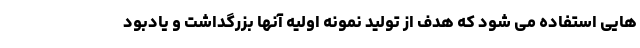
هایی استفاده می شود که هدف از تولید نمونه اولیه آنها بزرگداشت و یادبود